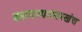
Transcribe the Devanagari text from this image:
बसवल्यासारखंच